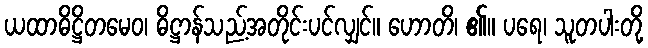
ယထာဓိဋ္ဌိတမေဝ၊ ဓိဋ္ဌာန်သည့်အတိုင်းပင်လျှင်။ ဟောတိ၊ ၏။ ပရေ၊ သူတပါးတို့